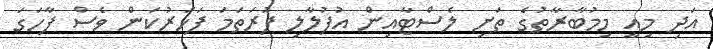
އަދި މިއީ މިމުބާރާތުގެ ތަށި ލެސްޓާއިން އުފުލާލި ފުރަތަމަ ފަހަރުކަން ވެސް ފާހަގަ